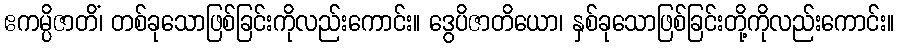
ဧကမ္ပိဇာတိံ၊ တစ်ခုသောဖြစ်ခြင်းကိုလည်းကောင်း။ ဒွေပိဇာတိယော၊ နှစ်ခုသောဖြစ်ခြင်းတို့ကိုလည်းကောင်း။